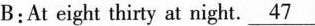
B:At eight thirty at night.\underline{47}